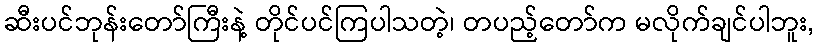
ဆီးပင်ဘုန်းတော်ကြီးနဲ့ တိုင်ပင်ကြပါသတဲ့၊ တပည့်တော်က မလိုက်ချင်ပါဘူး,